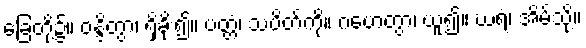
ခြေတို့၌။ ဝန္ဒိတွာ၊ ရှိခိုး၍။ ပတ္တံ၊ သပိတ်ကို။ ဂဟေတွာ၊ ယူ၍။ ဃရံ၊ အိမ်သို့။